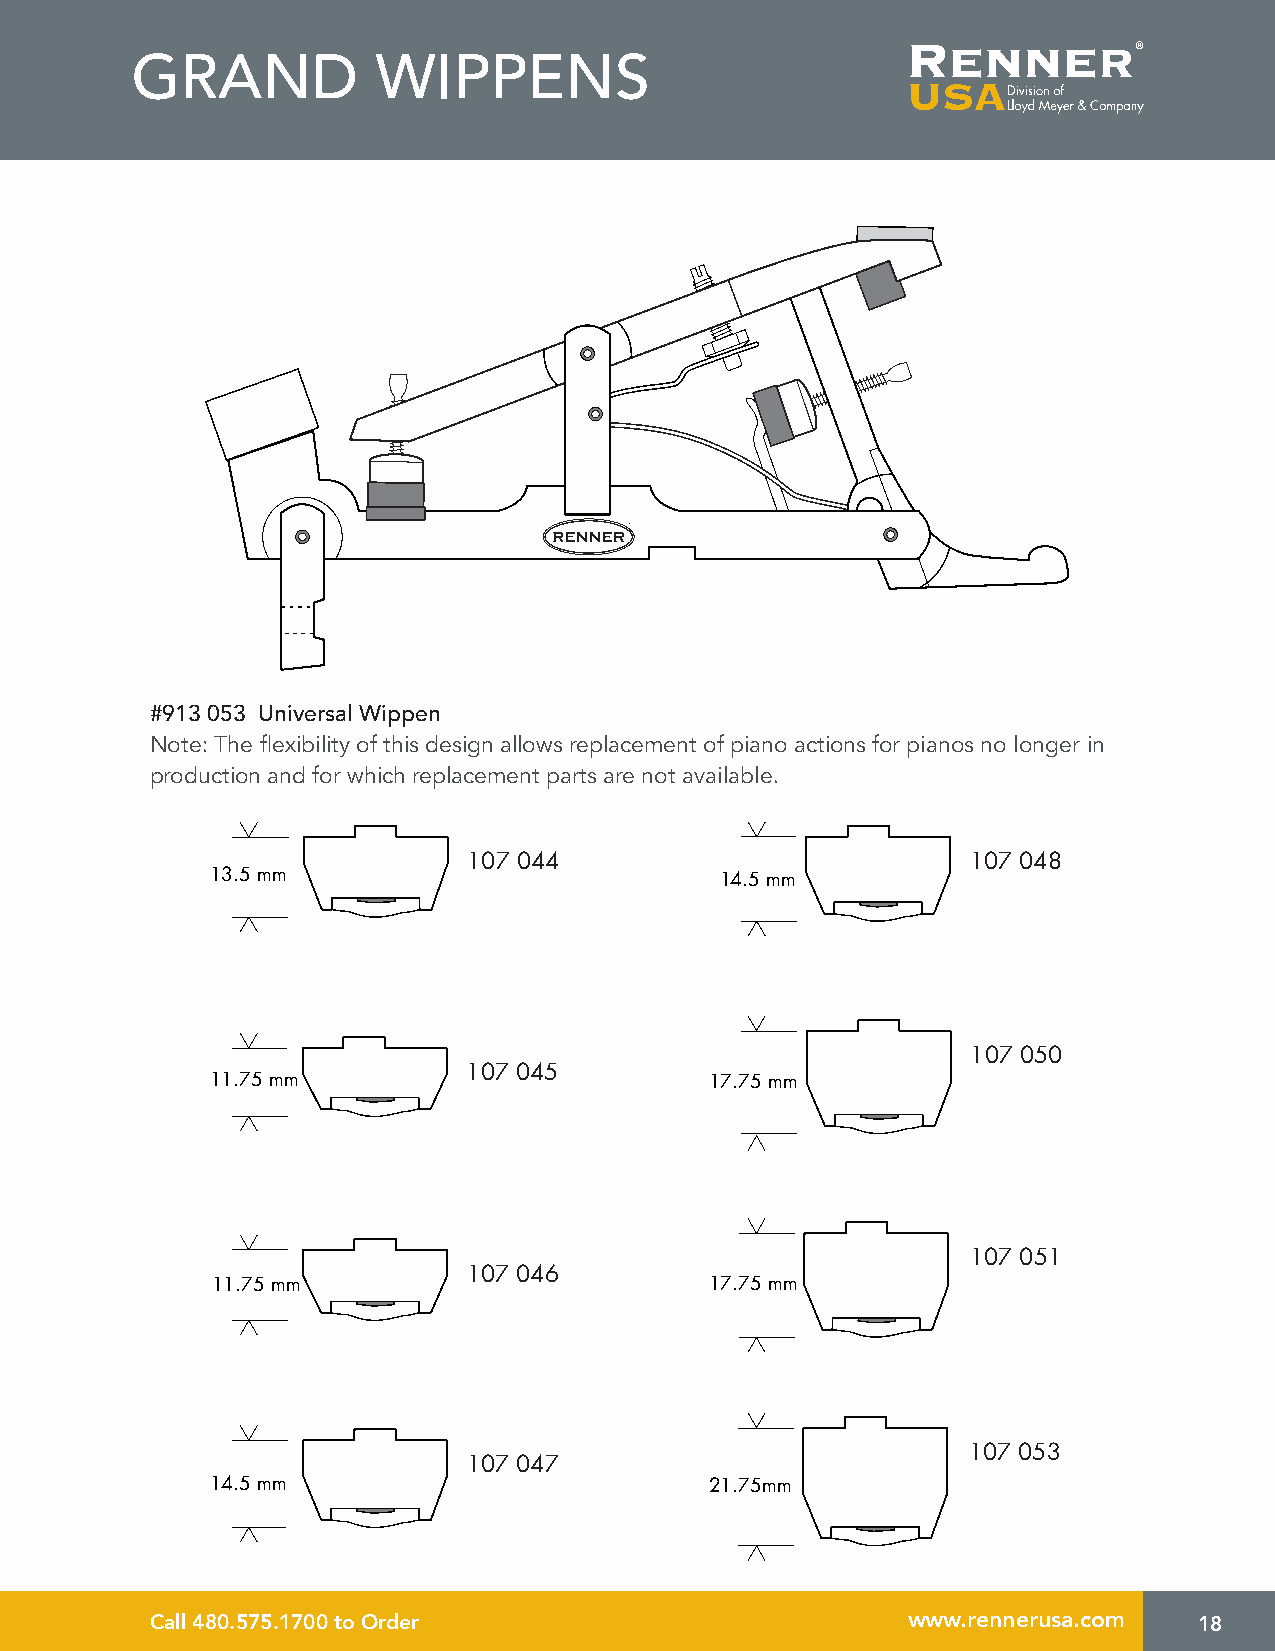
GRAND           WIPPENS
 #913 053 Universal Wippen
 Note: The flexibility of this design allows replacement of piano actions for pianos no longer in
 production and for which replacement parts are not available.
 107 044                          107 048
 13.5 mm                           14.5 mm
 107 050
 107 045
 11.75 mm                         17.75 mm
 107 051
 107 046
 11.75 mm                         17.75 mm
 107 053
 107 047
 14.5 mm                          21.75mm
 Call 480.575.1700 to Order                        www.rennerusa.com  18